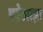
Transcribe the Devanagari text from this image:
पठेत्प्राज्ञः